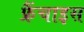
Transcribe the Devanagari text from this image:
फ्रैंचाइस